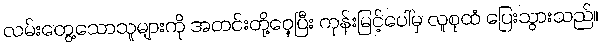
လမ်းတွေ့သောသူများကို အတင်းတို့ဝှေ့ပြီး ကုန်းမြင့်ပေါ်မှ လူစုထံ ပြေးသွားသည်။